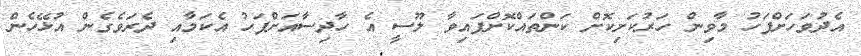
އެދުވަހަށްފަހު މާވިން ހަރުކަށިކޮށް ކަންތައްކޮށްފައިވާ ލޫސީ އެ ހާދިސާއަށްފަހު އެކަމާއި ދެރަވެގެން އުޅޭހެން